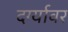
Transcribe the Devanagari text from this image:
दर्ग्यावर